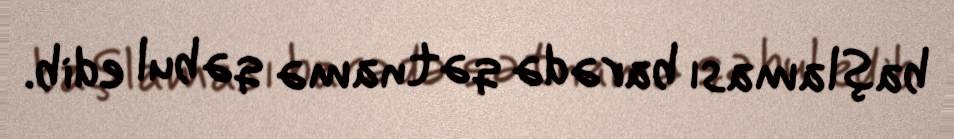
başlaması barədə qətnamə qəbul edib.